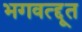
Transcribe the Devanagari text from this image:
भगवत्द्दूत